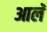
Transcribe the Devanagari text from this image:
आलॅ